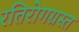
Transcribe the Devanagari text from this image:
रतिरोगग्रस्त